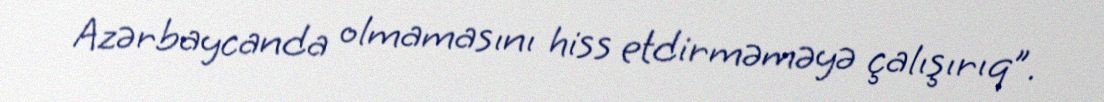
Azərbaycanda olmamasını hiss etdirməməyə çalışırıq”.